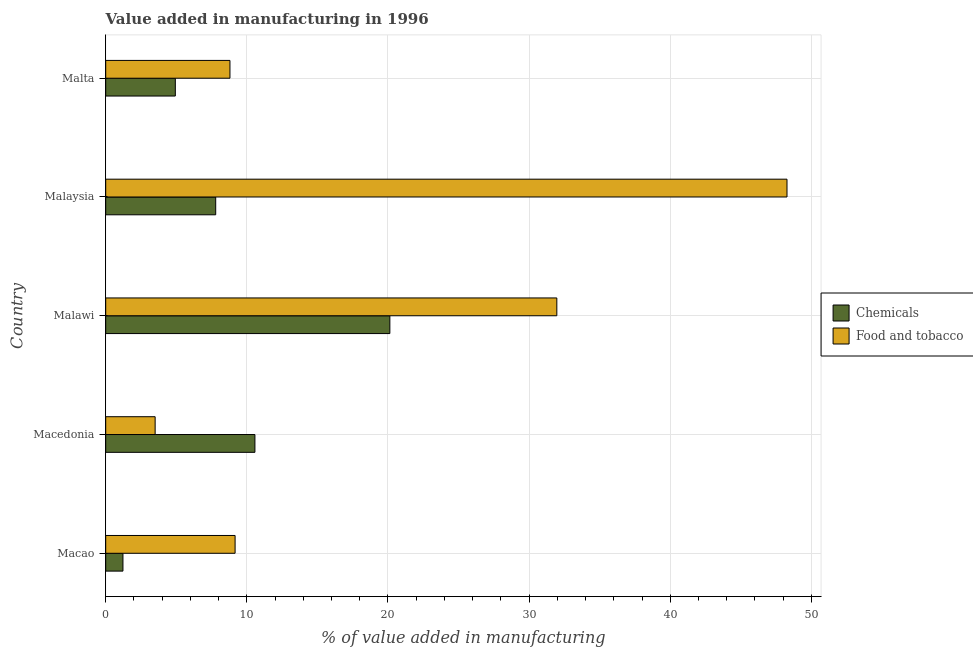
| Country | Chemicals | Food and tobacco |
 | --- | --- | --- |
 | Macao | 1.22 | 9.17 |
 | Macedonia | 10.6 | 3.5 |
 | Malawi | 20.1 | 32 |
 | Malaysia | 7.79 | 48.3 |
 | Malta | 4.93 | 8.8 |